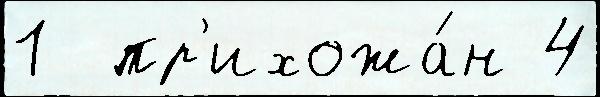
1  пр'ихожа́н 4